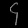
Digit: ၄